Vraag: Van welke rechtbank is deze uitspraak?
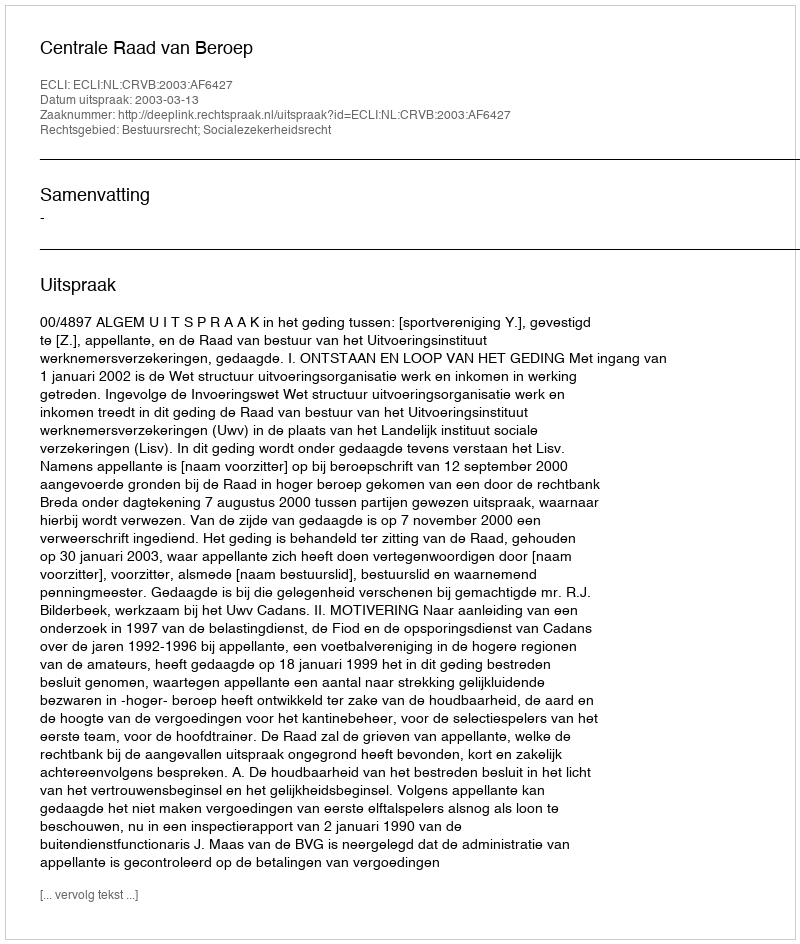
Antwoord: Centrale Raad van Beroep